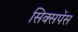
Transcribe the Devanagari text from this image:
सिक्सपेंस